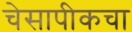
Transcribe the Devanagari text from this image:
चेसापीकचा